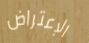
الإعتراض